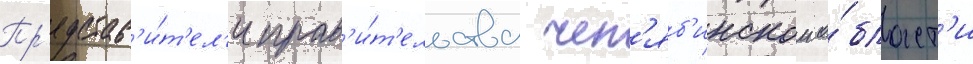
Пр'едстав'и́т'ел'и прав'и́т'ельства чел'яб'инскои о́бласт'и